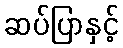
ဆပ်ပြာနှင့်